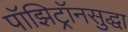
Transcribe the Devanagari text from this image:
पॉझिट्रॉनसुद्धा